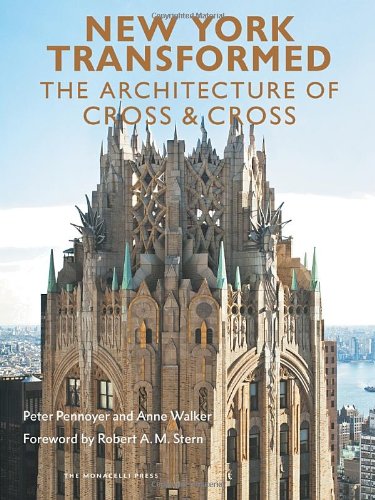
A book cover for New York Transformed: The Architecture of Cross & Cross; Peter Pennoyer; Arts & Photography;